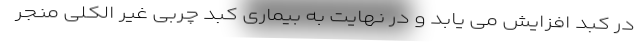
در کبد افزایش می یابد و در نهایت به بیماری کبد چربی غیر الکلی منجر